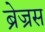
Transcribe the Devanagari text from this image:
ब्रेज्रस